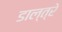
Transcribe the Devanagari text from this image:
डाल्त्रे